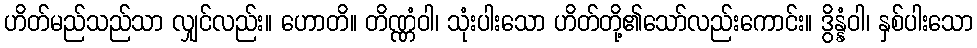
ဟိတ်မည်သည်သာ လျှင်လည်း။ ဟောတိ။ တိဏ္ဏံဝါ၊ သုံးပါးသော ဟိတ်တို့၏သော်လည်းကောင်း။ ဒွိန္နံဝါ၊ နှစ်ပါးသော